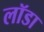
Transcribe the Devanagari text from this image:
लॉडा